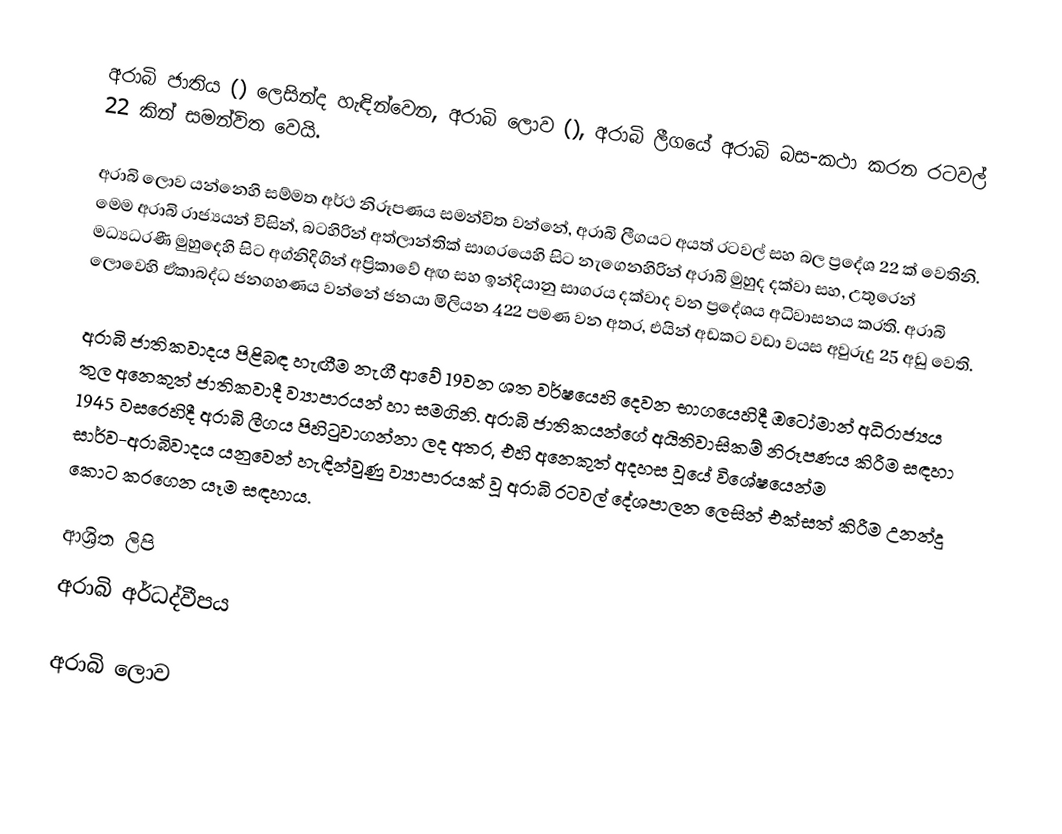
අරාබි ජාතිය () ලෙසින්ද හැඳින්වෙන, අරාබි ලොව (), අරාබි ලීගයේ අරාබි බස-කථා කරන රටවල්  22 කින්  සමන්විත වෙයි.

අරාබි ලොව යන්නෙහි සම්මත අර්ථ නිරූපණය සමන්විත වන්නේ, අරාබි ලීගයට අයත් රටවල් සහ බල ප්‍රදේශ 22 ක් වෙතිනි. මෙම අරාබි රාජ්‍යයන් විසින්, බටහිරින් අත්ලාන්තික් සාගරයෙහි සිට නැගෙනහිරින් අරාබි මුහුද දක්වා  සහ, උතුරෙන් මධ්‍යධරණී මුහුදෙහි සිට අග්නිදිගින්  අප්‍රිකාවේ අඟ සහ ඉන්දියානු සාගරය දක්වාද වන ප්‍රදේශය අධිවාසනය කරති.  අරාබි ලොවෙහි ඒකාබද්ධ ජනගහණය වන්නේ ජනයා මිලියන 422 පමණ වන අතර, එයින් අඩකට වඩා වයස අවුරුදු 25 අඩු වෙති.

අරාබි ජාතිකවාදය පිළිබඳ හැඟීම නැගී ආවේ 19වන ශත වර්ෂයෙහි දෙවන භාගයෙහිදී ඔටෝමාන් අධිරාජ්‍යය තුල අනෙකුත් ජාතිකවාදී ව්‍යාපාරයන් හා සමගිනි. අරාබි ජාතිකයන්ගේ අයිතිවාසිකම් නිරූපණය කිරීම සඳහා 1945 වසරෙහිදී අරාබි ලීගය පිහිටුවාගන්නා ලද අතර, එහි අනෙකුත් අදහස වූයේ විශේෂයෙන්ම සාර්ව-අරාබිවාදය යනුවෙන් හැඳින්වුණු ව්‍යාපාරයක් වූ අරාබි රටවල් දේශපාලන ලෙසින් එක්සත් කිරීම උනන්දු කොට කරගෙන යෑම සඳහාය.

ආශ්‍රිත ලිපි
 අරාබි අර්ධද්වීපය

අරාබි ලොව